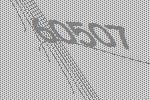
60507